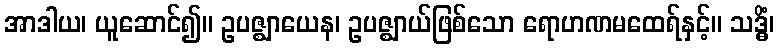
အာဒါယ၊ ယူဆောင်၍။ ဥပဇ္ဈာယေန၊ ဥပဇ္ဈာယ်ဖြစ်သော ရောဟဏမထေရ်နှင့်။ သဒ္ဓိံ၊